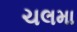
ચલમા